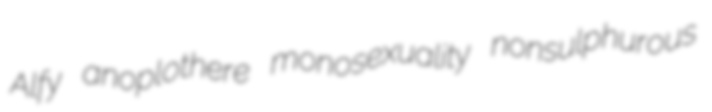
Alfy anoplothere monosexuality nonsulphurous